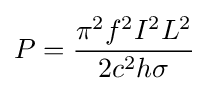
P={\frac {\pi ^{2}f^{2}I^{2}L^{2}}{2c^{2}h\sigma }}